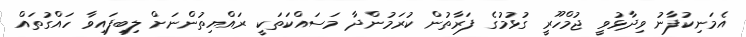
އެމަނިކުފާނު ވިދާޅުވީ ޖުމްހޫރީ ގުޅުމުގެ ފަރާތުން ކުރަމުންދާ މަސައްކަތަކީ ރައްޔިތުންނަށް ލިބިފައިވާ ހައްގުތައް